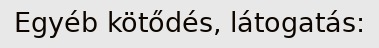
Egyéb kötődés, látogatás: